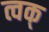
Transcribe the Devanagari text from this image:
त्वक्‌